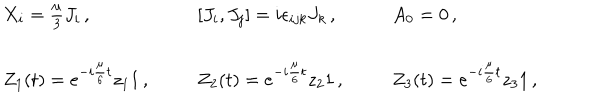
\begin{array} { l l l } { { X _ { i } = \textstyle { \frac { \mu } { 3 } } J _ { i } \, , } } & { { [ J _ { i } , J _ { j } ] = i \epsilon _ { i j k } J _ { k } \, , } } & { { A _ { 0 } = 0 \, , } } \\ { { { } } } & { { { } } } & { { { } } } \\ { { Z _ { 1 } ( t ) = e ^ { - i \frac { \mu } { 6 } t } z _ { 1 } { 1 } \, , } } & { { Z _ { 2 } ( t ) = e ^ { - i \frac { \mu } { 6 } t } z _ { 2 } { 1 } \, , } } & { { Z _ { 3 } ( t ) = e ^ { - i \frac { \mu } { 6 } t } z _ { 3 } { 1 } \, , } } \\ \end{array}